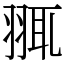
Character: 䎎